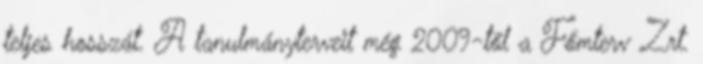
teljes hosszát. A tanulmányterveit még 2009-től a Főmterv Zrt.